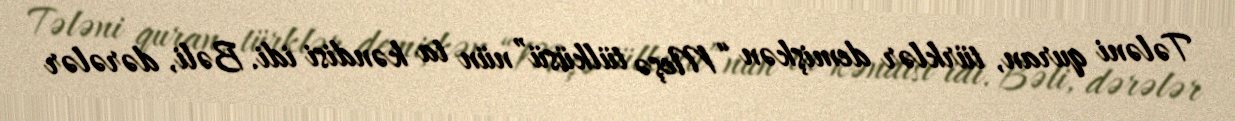
Tələni quran, türklər demişkən “Meşə tülküsü”nün ta kəndisi idi. Bəli, dərələr